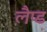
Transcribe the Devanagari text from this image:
लैप्ड